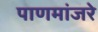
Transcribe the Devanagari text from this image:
पाणमांजरे